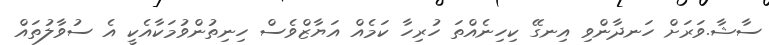
ސާޝާ.ވަރަށް ހަނދާންވި އިނގޭ ކިހިނެއްތަ ހުރިހާ ކަމެއް އަޔާޒްވެސް ހިނިތުންވުމަކާއެކީ އެ ސުވާލުތައް